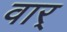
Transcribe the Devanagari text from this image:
वार्